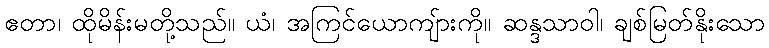
ဧတာ၊ ထိုမိန်းမတို့သည်။ ယံ၊ အကြင်ယောကျ်ားကို။ ဆန္ဒသာဝါ၊ ချစ်မြတ်နိုးသော